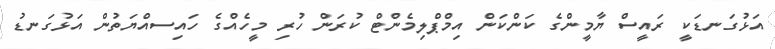
އަޅުގަނޑަކީ ރައީސް ޔާމީންގެ ކަންކަން އިމްޕްލިމެންޓް ކުރަން ހުރި މީހެއްގެ ހައިސއްޔަތުން އަޅުގަނޑު